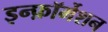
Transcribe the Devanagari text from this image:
इन्फ़ॉर्मेशन